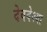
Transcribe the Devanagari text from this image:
देववेश्या